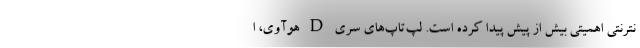
نترنتی اهمیتی بیش از پیش پیدا کرده است. لپ‌تاپ‌های سری D هوآوی، ا